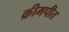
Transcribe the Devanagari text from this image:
क्रीमपीत